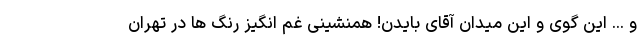
و ... این گوی و این میدان آقای بایدن! همنشینی غم انگیز رنگ ها در تهران